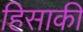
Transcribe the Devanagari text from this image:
हिसाकी